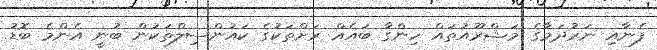
ފެނާއި ނަރުދަމާގެ މަޝްރޫއުތައް ހިންގާ ބައެއް ރަށްތަކުގެ ކައުންސިލްތަކުން ބުނީ އެންމެ ބޮޑު